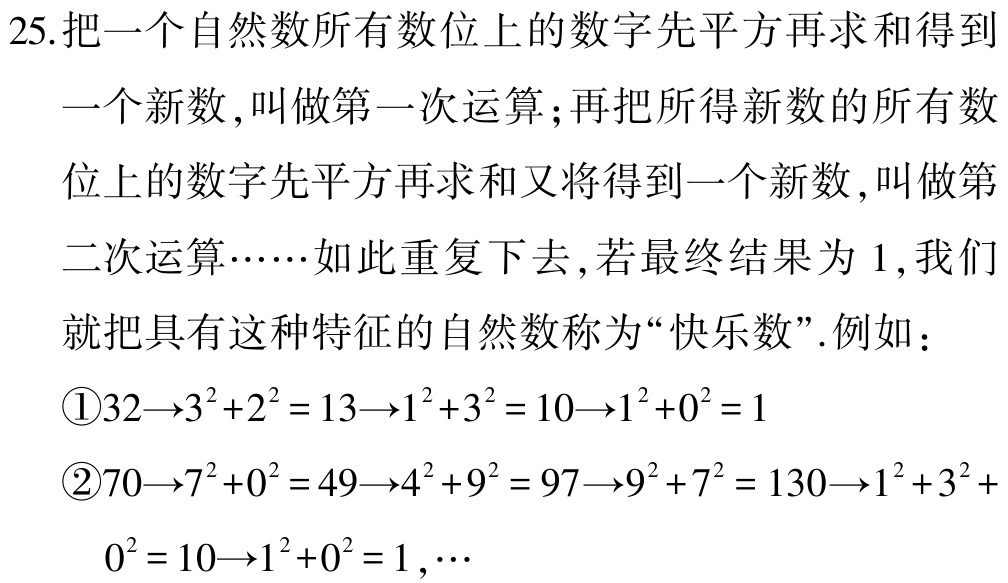
25.把一个自然数所有数位上的数字先平方再求和得到

一个新数,叫做第一次运算;再把所得新数的所有数

位上的数字先平方再求和又将得到一个新数,叫做第

二次运算……如此重复下去,若最终结果为 1,我们

就把具有这种特征的自然数称为“快乐数”.例如：

\textcircled{1}$32\rightarrow3^{2}+2^{2}=13\rightarrow1^{2}+3^{2}=10\rightarrow1^{2}+0^{2}=1$

\textcircled{2}$70\rightarrow7^{2}+0^{2}=49\rightarrow4^{2}+9^{2}=97\rightarrow9^{2}+7^{2}=130\rightarrow1^{2}+3^{2}+

0^{2}=10\rightarrow1^{2}+0^{2}=1,\cdots$